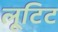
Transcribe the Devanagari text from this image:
लूटिट